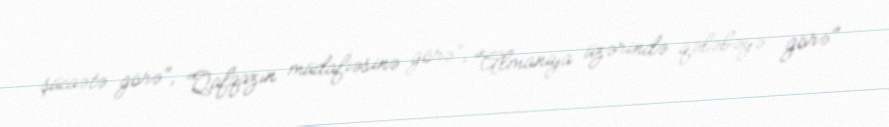
şücaətə görə", "Qafqazın müdafiəsinə görə", "Almaniya üzərində qələbəyə görə"